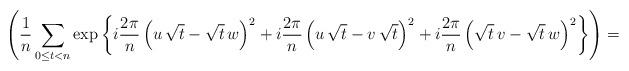
LaTeX: \begin{align*}\left(\frac{1}{n}\sum_{0\le t<n}\exp\left\{ i\frac{2\pi}{n}\left(u\,\sqrt{t}-\sqrt{t}\,w\right)^{2}+i\frac{2\pi}{n}\left(u\,\sqrt{t}-v\,\sqrt{t}\right)^{2}+i\frac{2\pi}{n}\left(\sqrt{t}\,v-\sqrt{t}\,w\right)^{2}\right\} \right)=\end{align*}